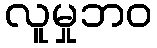
လူမှုဘဝ